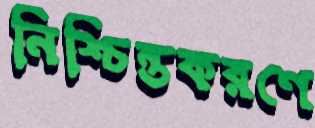
নিশ্চিন্তকরণে